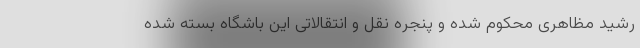
رشید مظاهری محکوم شده و پنجره نقل و انتقالاتی این باشگاه بسته شده